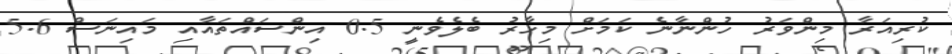
ކުރިއަރާ މިންވަރު ހުންނާނެ ކަމަށް މިހާރު ބެލެވެނީ 0.5 އިންސައްތައާއި މައިނަސް 5.6